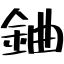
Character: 𨦈